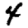
Digit: 4